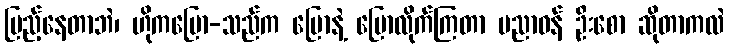
ပြည့်နေတာဘဲ၊ ဟိုကပြော-သည်က ပြောနဲ့ ပြောလိုက်ကြတာ ပညာဝန် ဦးစော ဆိုတာကလဲ